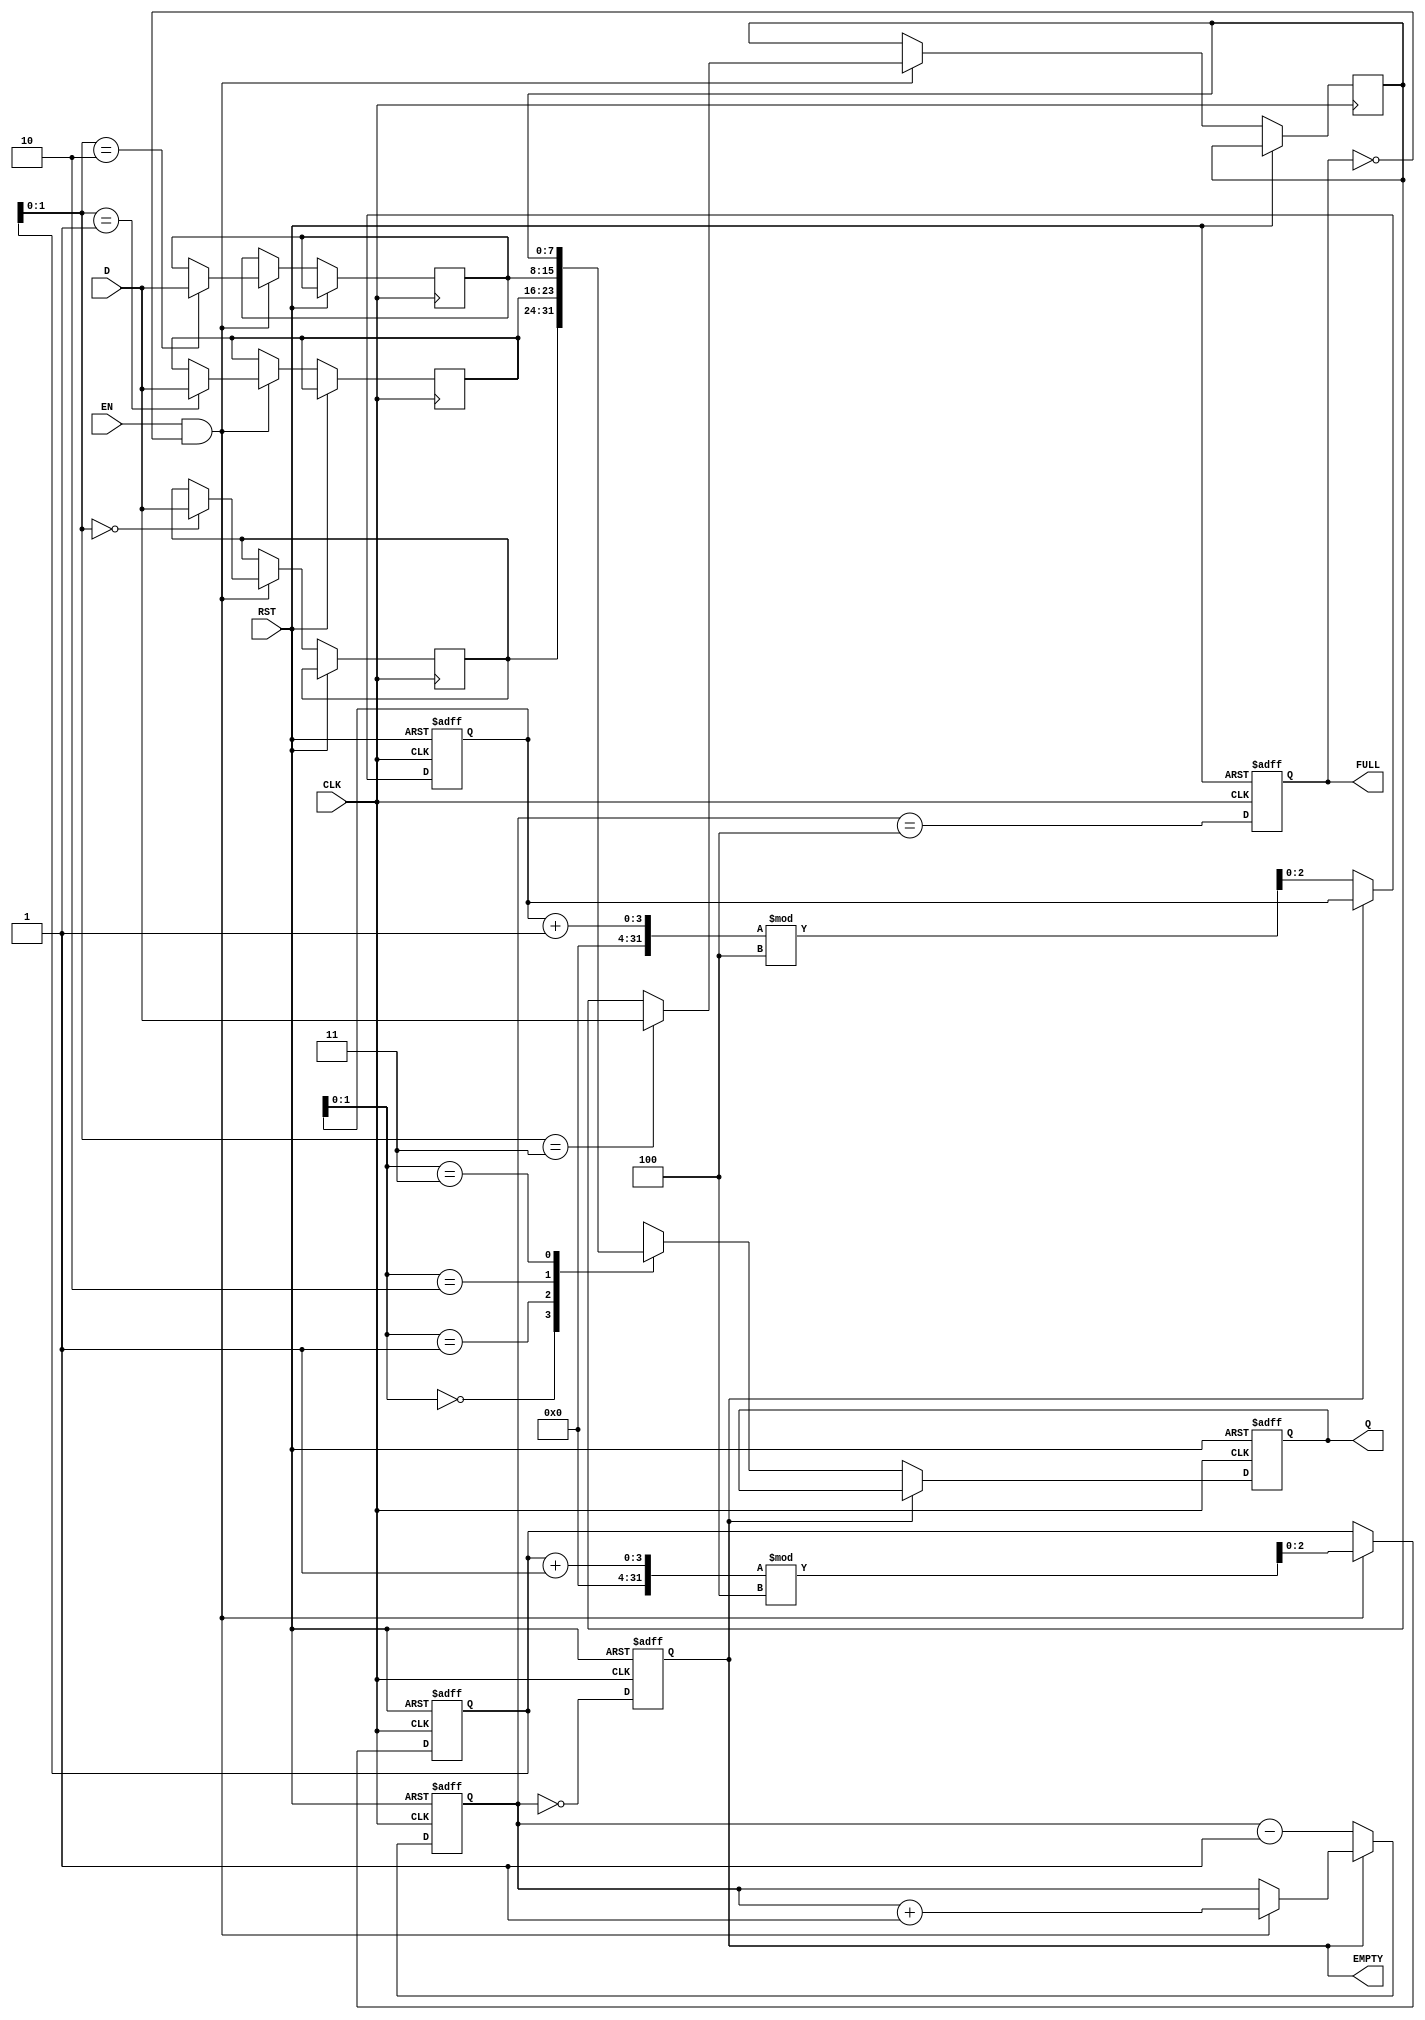
module pipeline_buffer #(
    parameter DATA_WIDTH = 8,  // Width of the data
    parameter DEPTH = 4         // Depth of the buffer
)(
    input  wire [DATA_WIDTH-1:0] D,    // Data input
    input  wire CLK,                    // Clock signal
    input  wire RST,                    // Reset signal
    input  wire EN,                     // Enable signal
    output reg  [DATA_WIDTH-1:0] Q,     // Data output
    output reg  FULL,                   // Full flag
    output reg  EMPTY                   // Empty flag
);

    // Internal storage array
    reg [DATA_WIDTH-1:0] buffer [0:DEPTH-1];
    reg [2:0] write_ptr;  // Write pointer
    reg [2:0] read_ptr;   // Read pointer
    reg [3:0] count;      // Count of stored items

    // Asynchronous reset
    always @(posedge CLK or posedge RST) begin
        if (RST) begin
            // Reset all registers and flags
            write_ptr <= 3'b000;
            read_ptr <= 3'b000;
            count <= 4'b0000;
            FULL <= 1'b0;
            EMPTY <= 1'b1;
            Q <= {DATA_WIDTH{1'b0}};
        end else begin
            // Write operation
            if (EN && !FULL) begin
                buffer[write_ptr] <= D;  // Store data in buffer
                write_ptr <= (write_ptr + 1) % DEPTH; // Increment write pointer
                count <= count + 1; // Increment count
            end
            
            // Read operation
            if (!EMPTY) begin
                Q <= buffer[read_ptr]; // Output data from buffer
                read_ptr <= (read_ptr + 1) % DEPTH; // Increment read pointer
                count <= count - 1; // Decrement count
            end
            
            // Update FULL and EMPTY flags
            FULL <= (count == DEPTH);
            EMPTY <= (count == 0);
        end
    end

endmodule